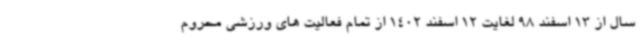
سال از 13 اسفند 98 لغایت 12 اسفند 1402 از تمام فعالیت های ورزشی محروم